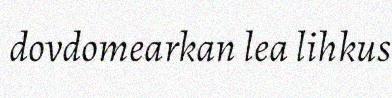
dovdomearkan lea lihkus